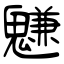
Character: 魐